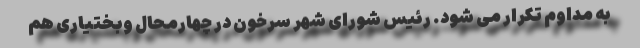
به مداوم تکرار می شود. رئیس شورای شهر سرخون در چهارمحال وبختیاری هم